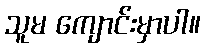
သူမ ကျောင်းမှာပါ။